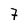
Character: 7